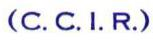
(C. C. I. R.)